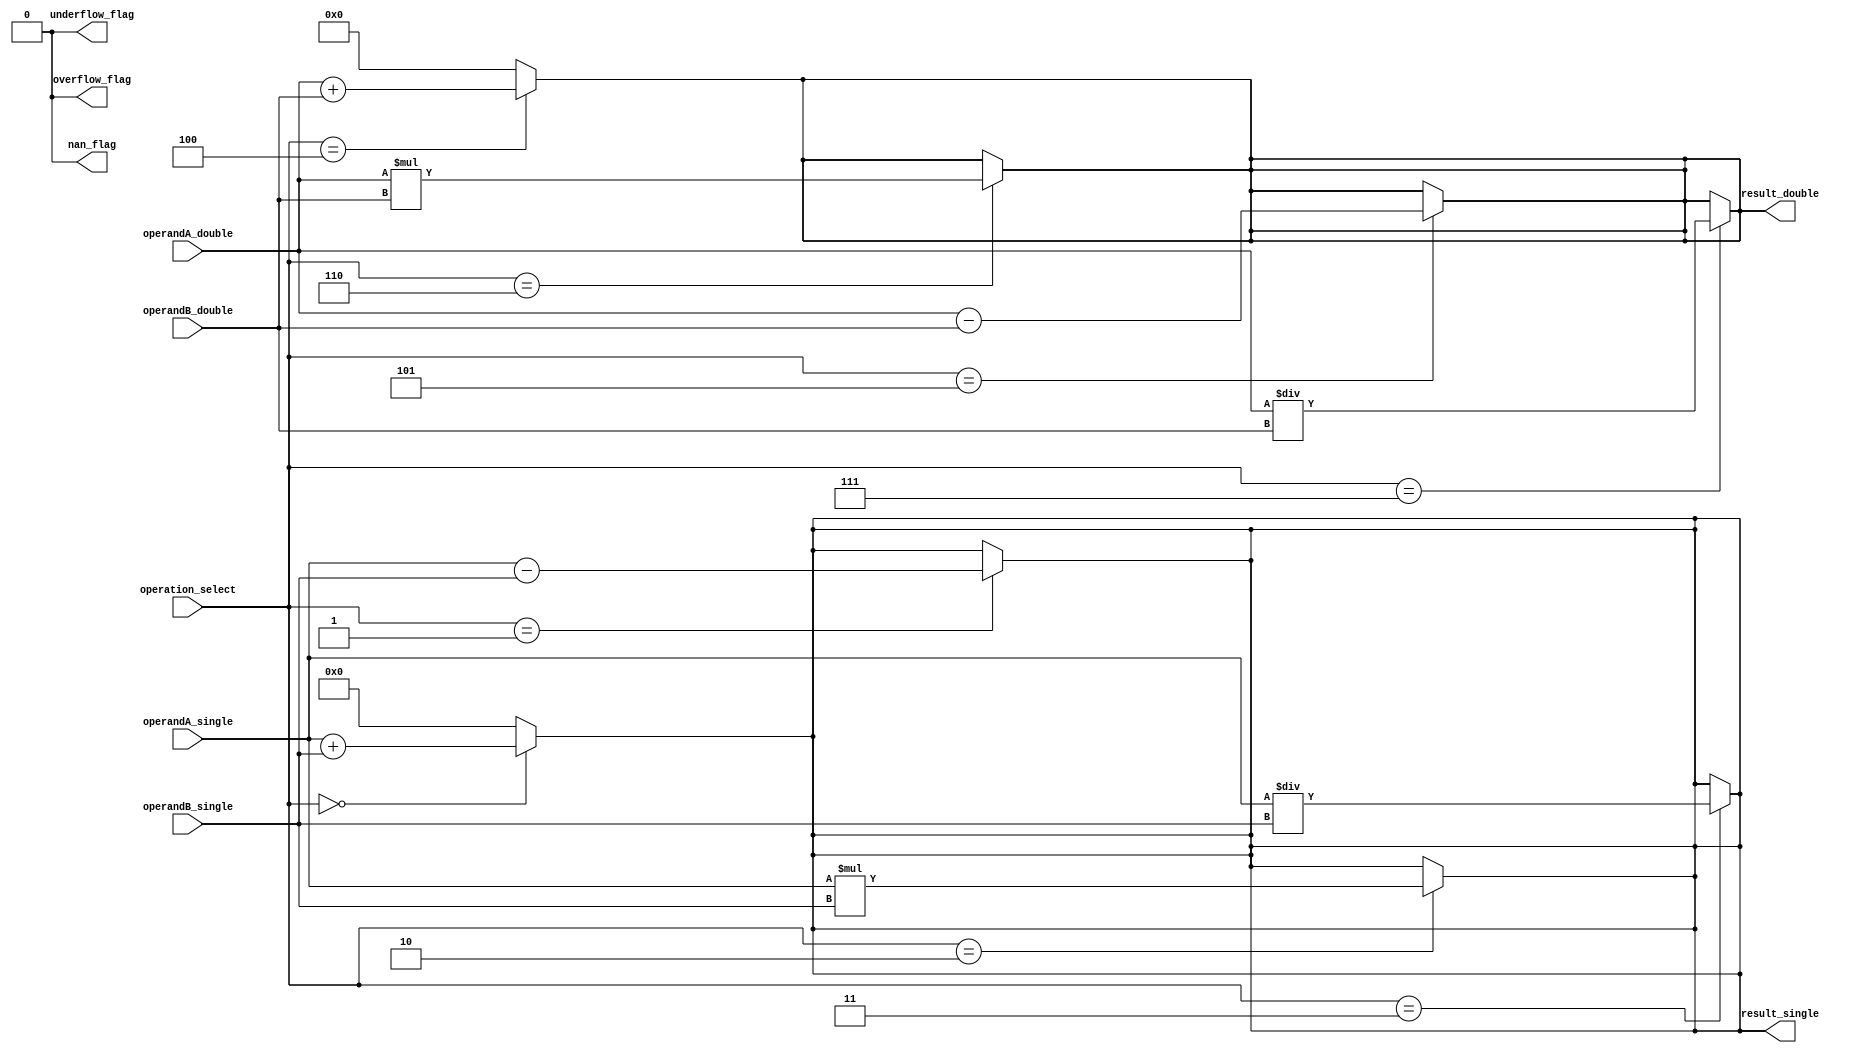
module floating_point_ALU (
    input wire [31:0] operandA_single,
    input wire [31:0] operandB_single,
    input wire [63:0] operandA_double,
    input wire [63:0] operandB_double,
    input wire [3:0] operation_select,
    output wire [31:0] result_single,
    output wire [63:0] result_double,
    output wire overflow_flag,
    output wire underflow_flag,
    output wire nan_flag
);

    // Single precision addition
    assign result_single = (operation_select == 4'b0000) ? operandA_single + operandB_single : 0;

    // Single precision subtraction
    assign result_single = (operation_select == 4'b0001) ? operandA_single - operandB_single : result_single;

    // Single precision multiplication
    assign result_single = (operation_select == 4'b0010) ? operandA_single * operandB_single : result_single;

    // Single precision division
    assign result_single = (operation_select == 4'b0011) ? operandA_single / operandB_single : result_single;

    // Double precision addition
    assign result_double = (operation_select == 4'b0100) ? operandA_double + operandB_double : 0;

    // Double precision subtraction
    assign result_double = (operation_select == 4'b0101) ? operandA_double - operandB_double : result_double;

    // Double precision multiplication
    assign result_double = (operation_select == 4'b0110) ? operandA_double * operandB_double : result_double;

    // Double precision division
    assign result_double = (operation_select == 4'b0111) ? operandA_double / operandB_double : result_double;

    // Status flags logic
    assign overflow_flag = 0;
    assign underflow_flag = 0;
    assign nan_flag = 0;

endmodule